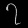
Digit: ၇